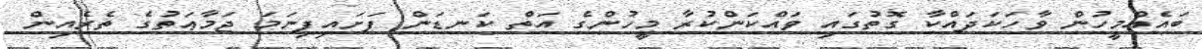
ބައެއްމީހުން ވާހަކަދައްކާ ގޮތުގައި ވައްކަންކުރާ މީހުންގެ އަތް ކަނޑަން ފަށައިފިނަމަ ޖަމާޢަތުގެ ތެރެއިން